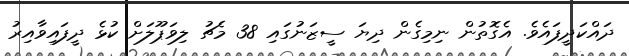
ދައްކަދީފައެވެ. އެގޮތުން ނިމިގެން ދިޔަ ސީޒަނުގައި 38 މެޗު ލިވަޕޫލަށް ކުޅެ ދީފައިވާއިރު